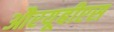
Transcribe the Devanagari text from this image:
औरयूबीएस